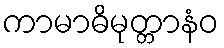
ကာမာဓိမုတ္တာနံဝ